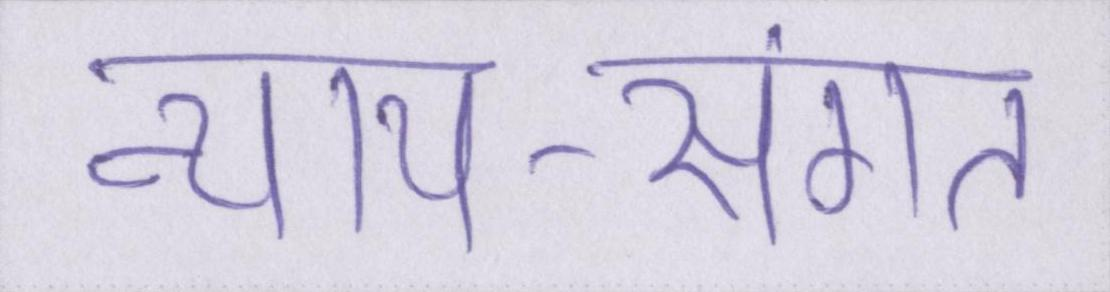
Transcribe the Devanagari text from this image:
न्याय-संगत